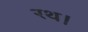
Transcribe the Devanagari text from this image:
रथ।